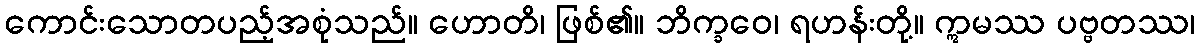
ကောင်းသောတပည့်အစုံသည်။ ဟောတိ၊ ဖြစ်၏။ ဘိက္ခဝေ၊ ရဟန်းတို့။ ဣမဿ ပဗ္ဗတဿ၊